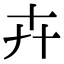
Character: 卉